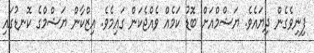
ފިނިވެގެން ދިޔައެވެ. ޔަޝްމްއަށް ބޮޑު ކަމެއް ވެއްޖެކަން ގައިމެވެ. އިޒްކާން ޔަޝްމްގެ ކޮނޑުގައި